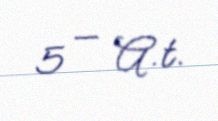
5 — A.t.